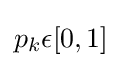
p_{k}\epsilon [0,1]